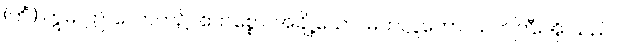
(ကိံ၊) ဣဓ၊ ဤ လောက၌။ ဧကစ္စော၊ အချို့သော။ မဟလ္လကော၊ သက်ကြီးအို သည်။